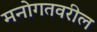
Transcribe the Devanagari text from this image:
मनोगतवरील